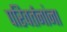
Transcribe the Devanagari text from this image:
परिवर्तनांना